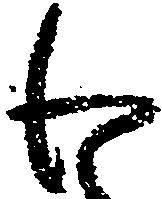
わ